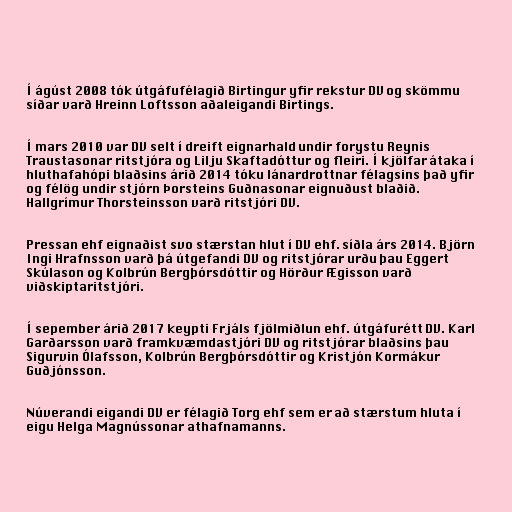
Í ágúst 2008 tók útgáfufélagið Birtingur yfir rekstur DV og skömmu
síðar varð Hreinn Loftsson aðaleigandi Birtings.

Í mars 2010 var DV selt í dreift eignarhald undir forystu Reynis
Traustasonar ritstjóra og Lilju Skaftadóttur og fleiri. Í kjölfar átaka í
hluthafahópi blaðsins árið 2014 tóku lánardrottnar félagsins það yfir
og félög undir stjórn Þorsteins Guðnasonar eignuðust blaðið.
Hallgrímur Thorsteinsson varð ritstjóri DV.

Pressan ehf eignaðist svo stærstan hlut í DV ehf. síðla árs 2014. Björn
Ingi Hrafnsson varð þá útgefandi DV og ritstjórar urðu þau Eggert
Skúlason og Kolbrún Bergþórsdóttir og Hörður Ægisson varð
viðskiptaritstjóri.

Í sepember árið 2017 keypti Frjáls fjölmiðlun ehf. útgáfurétt DV. Karl
Garðarsson varð framkvæmdastjóri DV og ritstjórar blaðsins þau
Sigurvin Ólafsson, Kolbrún Bergþórsdóttir og Kristjón Kormákur
Guðjónsson.

Núverandi eigandi DV er félagið Torg ehf sem er að stærstum hluta í
eigu Helga Magnússonar athafnamanns.